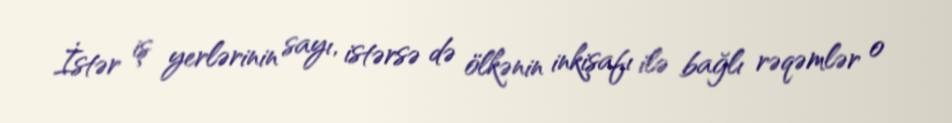
İstər iş yerlərinin sayı, istərsə də ölkənin inkişafı ilə bağlı rəqəmlər o